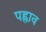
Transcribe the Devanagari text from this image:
पह्नाव